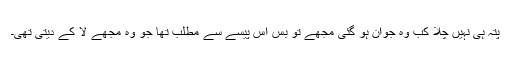
پتہ ہی نہیں چلا کب وہ جوان ہو گئی مجھے تو بس اس پیسے سے مطلب تھا جو وہ مجھے لا کے دیتی تھی۔